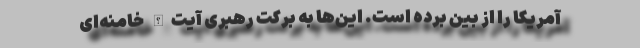
آمریکا را از بین برده است. این‌ها به برکت رهبری آیت‌الله خامنه‌ای